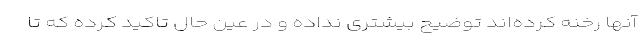
آنها رخنه کرده‌اند توضیح بیشتری نداده و در عین حال تاکید کرده که تا